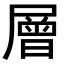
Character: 層